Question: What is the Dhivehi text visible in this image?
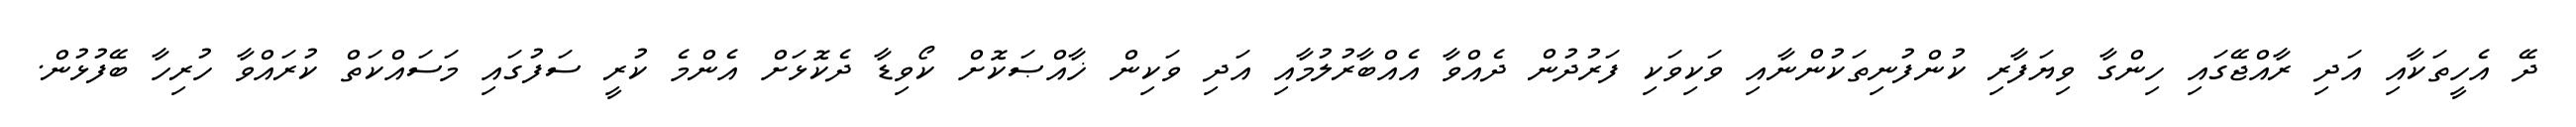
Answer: ދޭ އެހީތަކާއި އަދި ރާއްޖޭގައި ހިންގާ ވިޔަފާރި ކުންފުނިތަކުންނާއި ވަކިވަކި ފަރުދުން ދެއްވާ އެއްބާރުލުމާއި އަދި ވަކިން ޚާއްޞަކޮށް ކޯވިޑާ ދެކޮޅަށް އެންމެ ކުރީ ސަފުގައި މަސައްކަތް ކުރައްވާ ހުރިހާ ބޭފުޅުން.